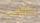
تتعبي